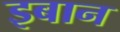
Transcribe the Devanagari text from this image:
इबान